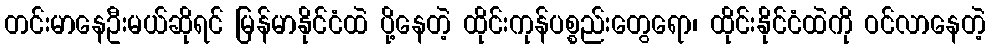
တင်းမာနေဦးမယ်ဆိုရင် မြန်မာနိုင်ငံထဲ ပို့နေတဲ့ ထိုင်းကုန်ပစ္စည်းတွေရော၊ ထိုင်းနိုင်ငံထဲကို ဝင်လာနေတဲ့